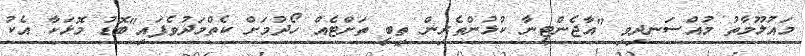
މައުލޫމާތު މުއްސަނދިވި "އާޖެންޓީނާ ކުޅުންތެރިން ތިބީ ތަށްޓެއް ހޯދުމަށް ކެތްމަދުވެފައި"ބޮޑު މޮޅަކާ އެކު